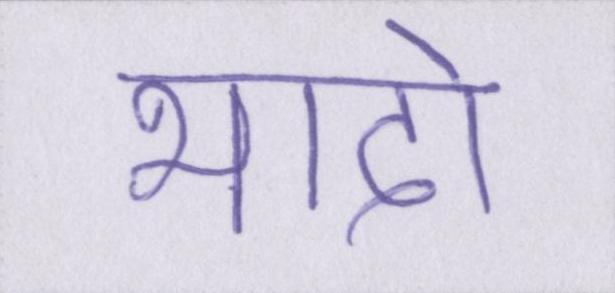
भादो